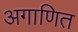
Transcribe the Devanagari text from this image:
अगाणित